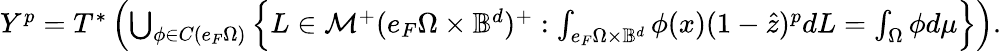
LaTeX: \begin{array}{r}{Y^{p}=T^{*}\left(\bigcup_{\phi\in C(e_{F}\Omega)}\left\{ L\in\mathcal{M}^{+}(e_{F}\Omega\times\mathbb{B}^{d})^{+}:\int_{e_{F}\Omega\times\mathbb{B}^{d}}\phi(x)(1-\hat{z})^{p}dL=\int_{\Omega}\phi d\mu\right\} \right).}\end{array}